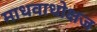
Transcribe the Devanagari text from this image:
माधवाधोक्षज